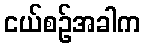
ငယ်စဉ်အခါက